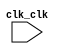

module niosIIsystem (
	clk_clk);	

	input		clk_clk;
endmodule